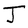
Character: J